NAE_ERA_R-2324_Eesti_Vabariigi_Pohiseaduslik_Assamblee, lk 26
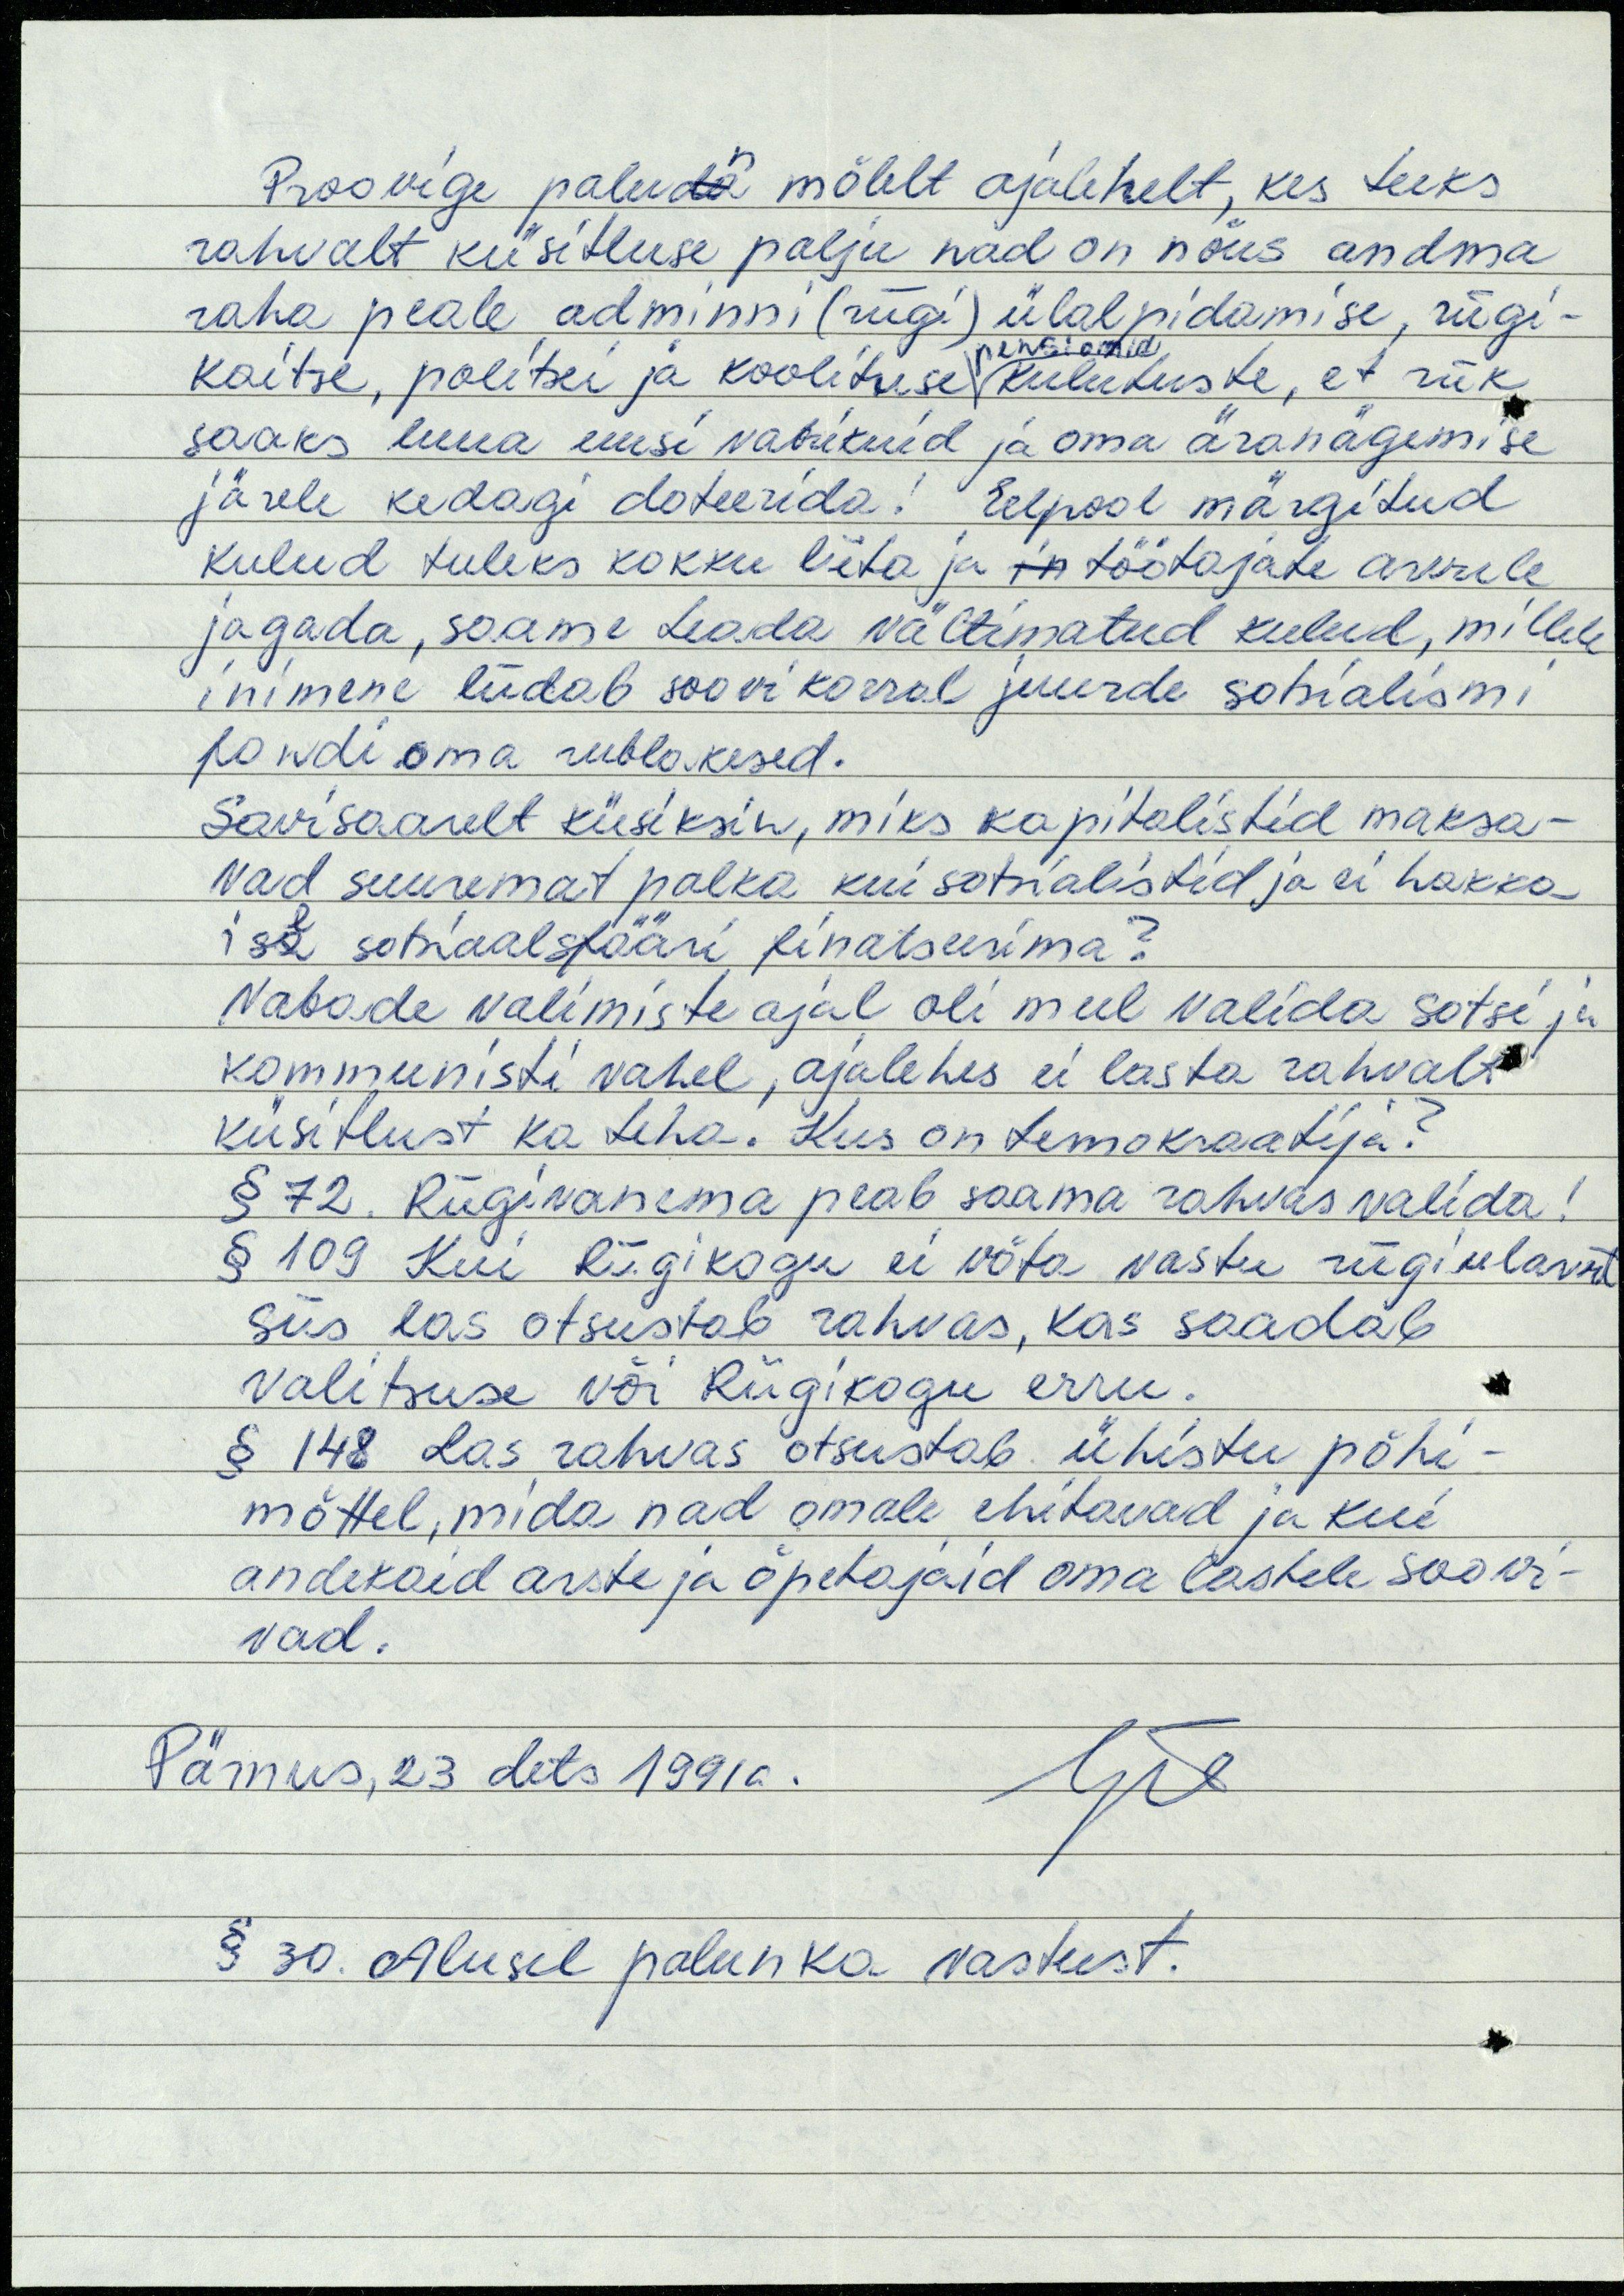
n
Proovige paluda mõlelt ajalehelt, kes teeks
rahvalt küsitluse palju nad on nõus andma
raha peale adminni (riigi) ülalpidamise, riigi-
pensionid
kaitse, politsei ja koolituse kulutuste, et riik
saaks luua uusi vabrikuid ja oma äranägemise
järele kedagi doteerida! Eelpool märgitud
kulud tuleks kokku liita ja in töötajate arvule
jagada, saame teada vältimatud kulud, millele
inimene liidab soovi korral juurde sotsialismi
fondi oma rublakesed.
Savisaarelt küsiksin, miks kapitalistid maksa-
vad suuremat palka kui sotsialistid ja ei hakka
ise sotsiaalsfääri finatseerima?
Vabade valimiste ajal oli mul valida sotsi ja
kommunisti vahel, ajalehes ei lasta rahvalt
küsitlust ka teha. Kus on temokraatija?
§ 72. Riigivanema peab saama rahvas valida!
§ 109 Kui Riigikogu ei võta vastu riigieelarvet
siis las otsustab rahvas, kas saadab
valitsuse või Riigikogu erru.
§ 148 Las rahvas otsustab ühistu põhi-
mõttel, mida nad omale ehitavad ja kui
andekaid arste ja õpetajaid oma lastele soovi-
vad.
Pärnus, 23 dets 1991a.
§ 30. Alusel palun ka vastust.